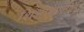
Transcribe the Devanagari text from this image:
शिश्नाखालील